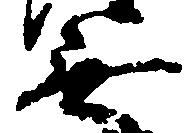
無